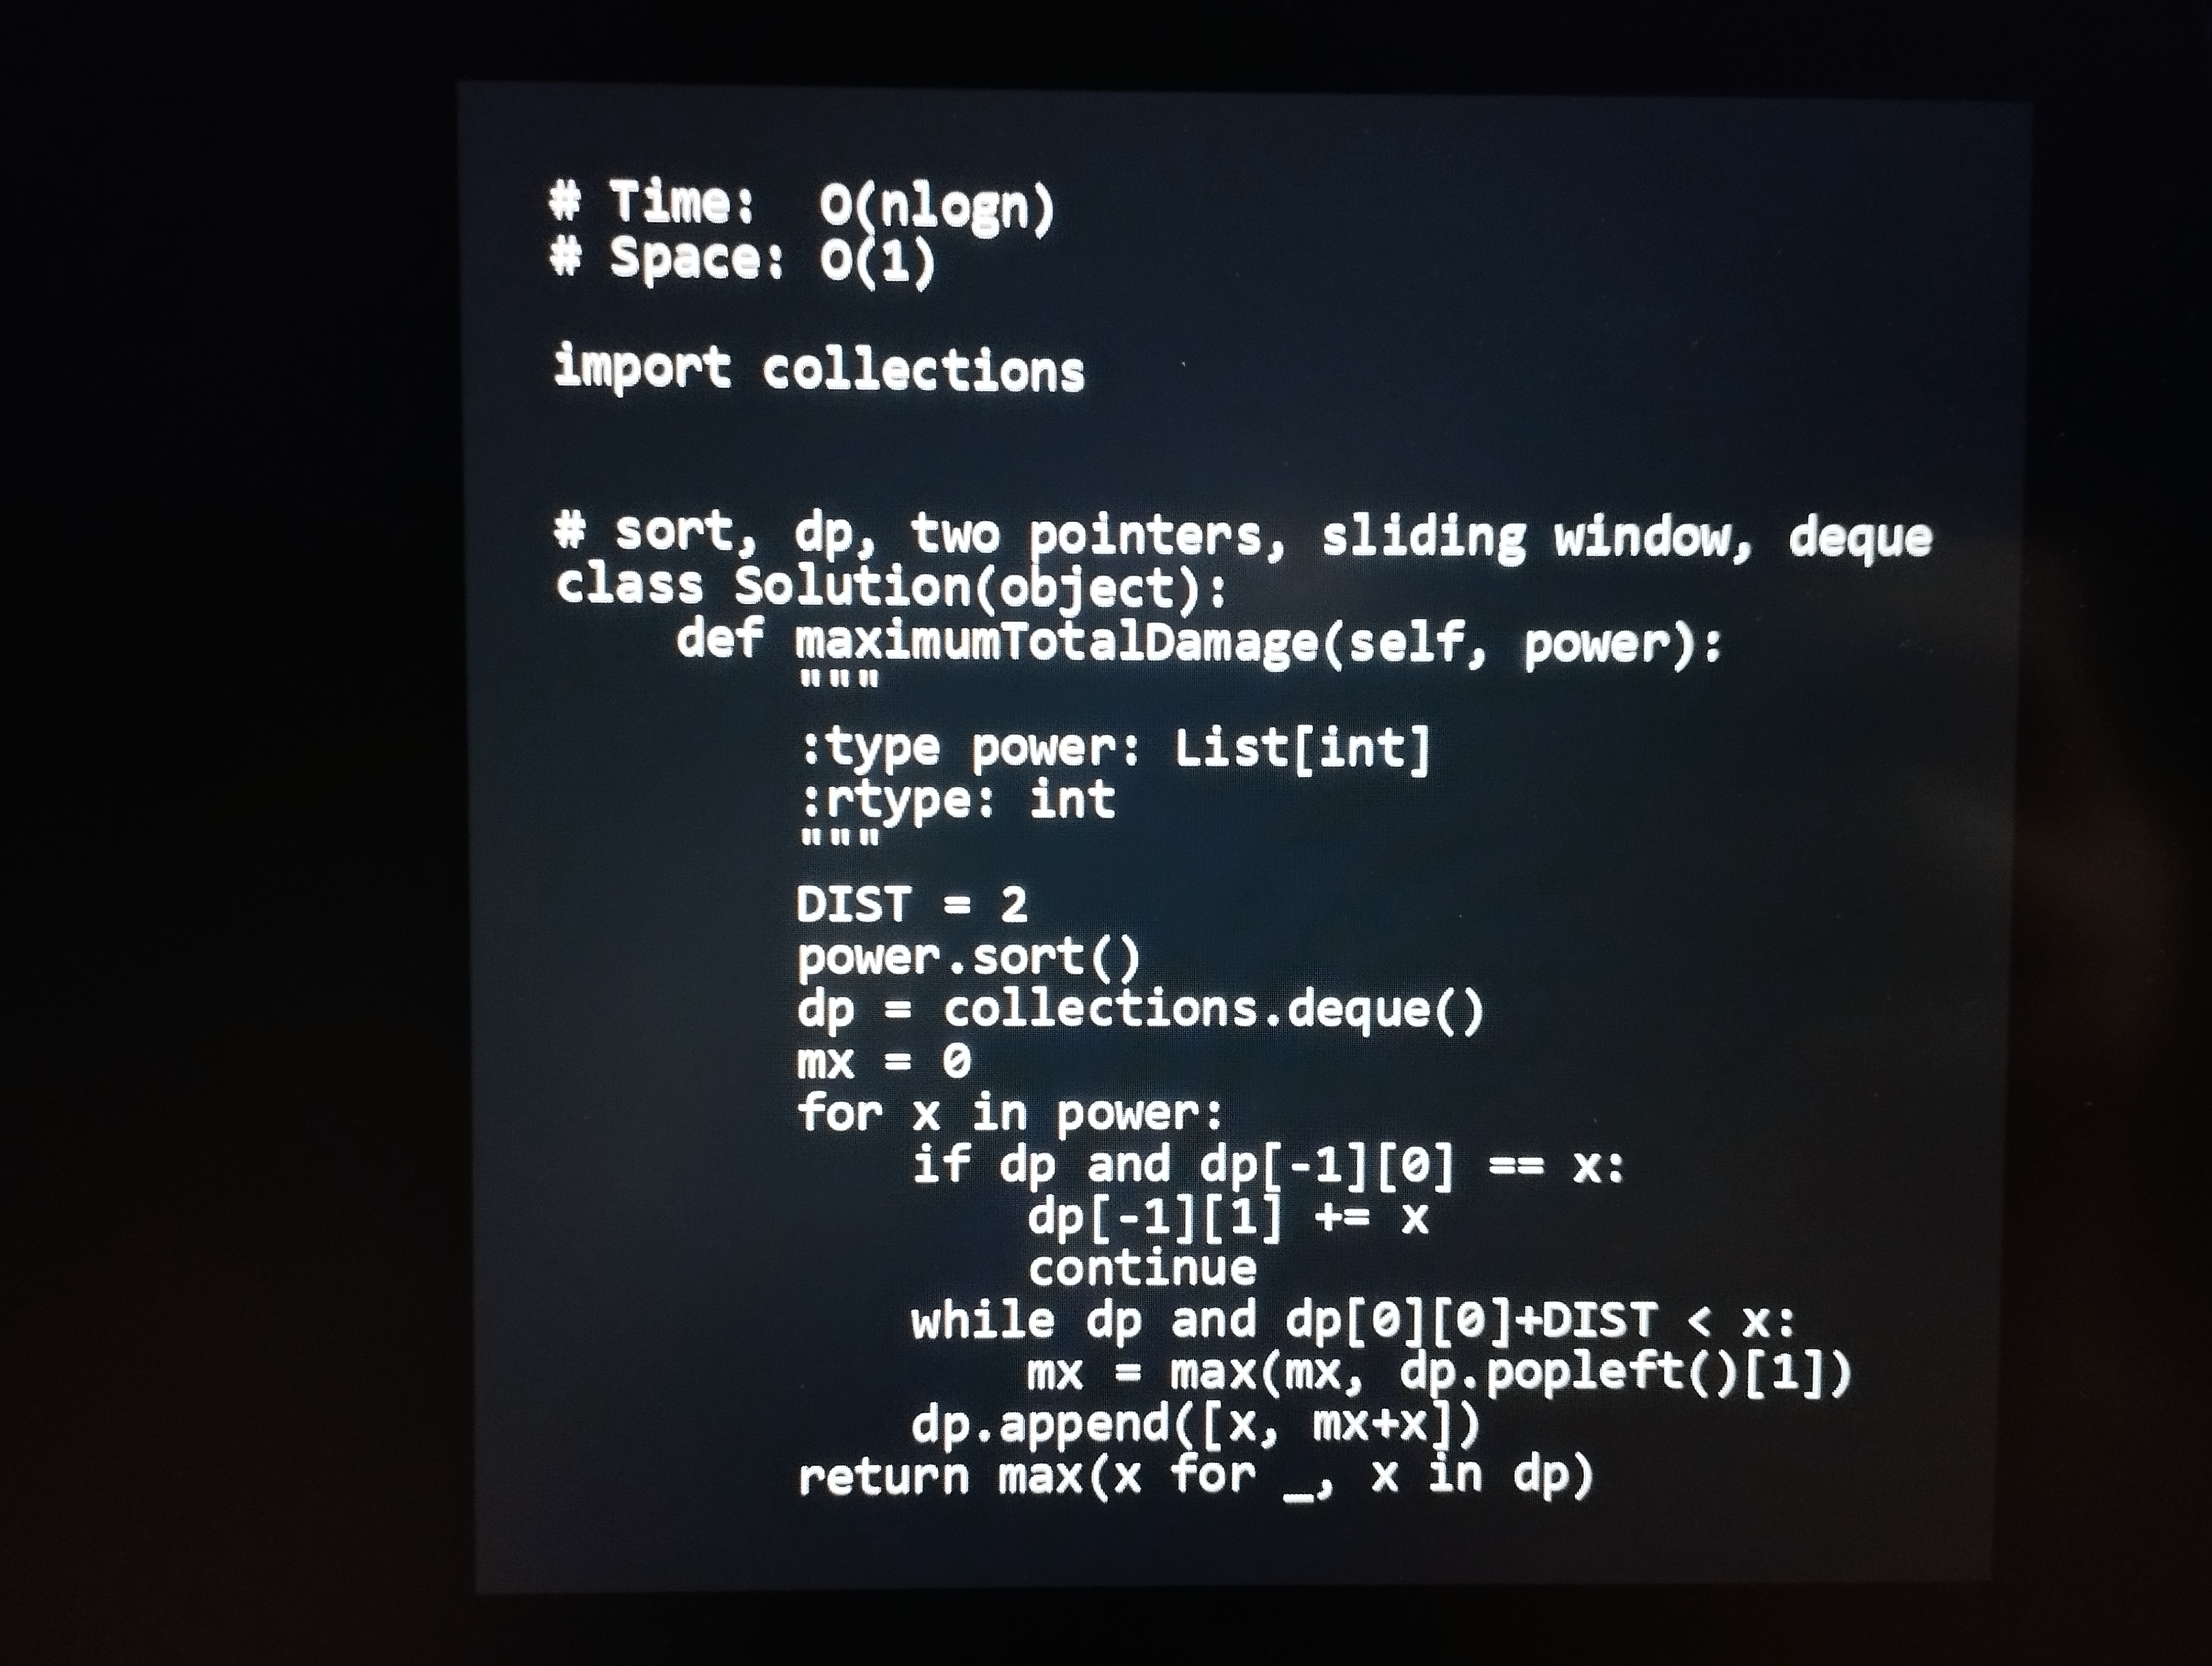
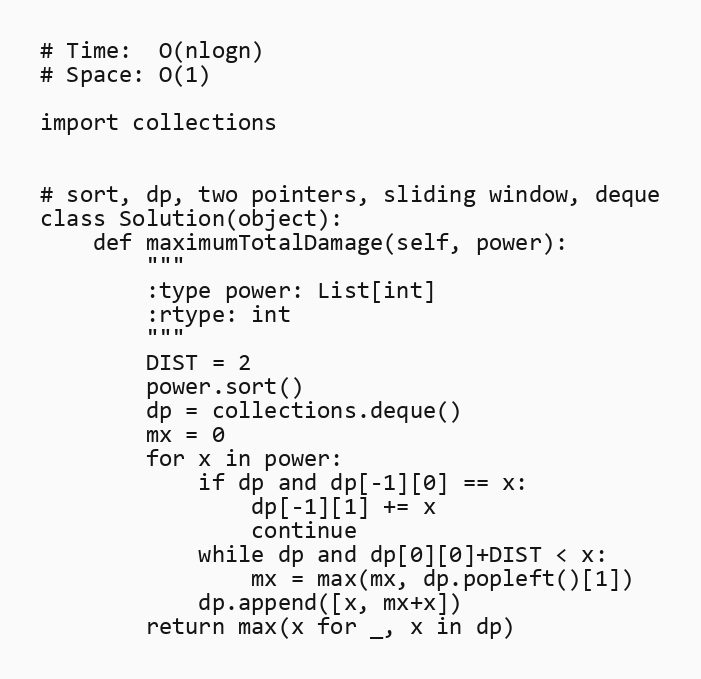
# Time:  O(nlogn)
# Space: O(1)

import collections

# sort, dp, two pointers, sliding window, deque
class Solution(object):
    def maximumTotalDamage(self, power):
        """
        :type power: List[int]
        :rtype: int
        """
        DIST = 2
        power.sort()
        dp = collections.deque()
        mx = 0
        for x in power:
            if dp and dp[-1][0] == x:
                dp[-1][1] += x
                continue
            while dp and dp[0][0]+DIST < x:
                mx = max(mx, dp.popleft()[1])
            dp.append([x, mx+x])
        return max(x for _, x in dp)